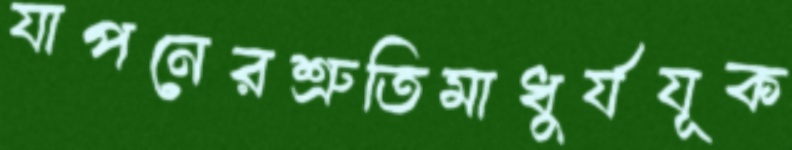
যাপনেরশ্রুতিমাধুর্যযূক